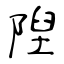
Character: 隉